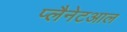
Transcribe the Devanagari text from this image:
प्लैनेटआल